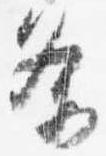
条